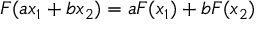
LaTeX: F ( a x _ { 1 } + b x _ { 2 } ) = a F ( x _ { 1 } ) + b F ( x _ { 2 } )